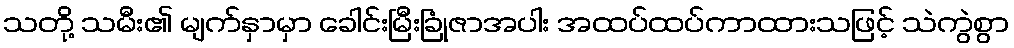
သတို့ သမီး၏ မျက်နှာမှာ ခေါင်းမြီးခြုံဇာအပါး အထပ်ထပ်ကာထားသဖြင့် သဲကွဲစွာ